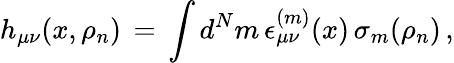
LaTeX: h_{\mu\nu}(x,\rho_{n})\, =\, \int d^{N}m\, \epsilon_{\mu\nu}^{(m)}(x)\, \sigma_{m}(\rho_{n})\, ,